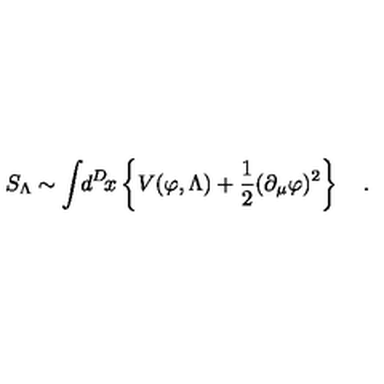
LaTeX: S _ { \Lambda } \sim \int \! \! d ^ { D } \! x \left\{ V ( \varphi , \Lambda ) + { \frac { 1 } { 2 } } ( \partial _ { \mu } \varphi ) ^ { 2 } \right\} \quad .